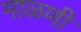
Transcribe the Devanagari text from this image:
माळणी